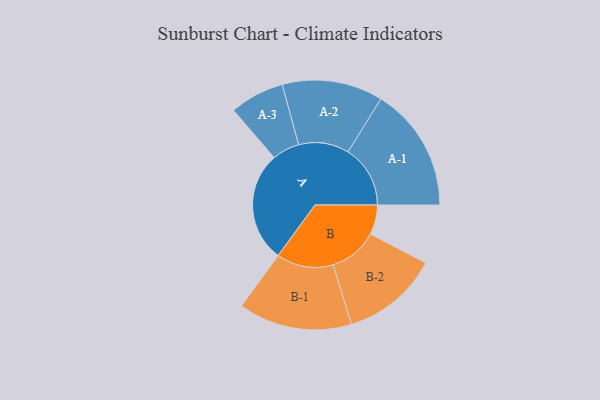
{"axis": {"x": "Segment", "y": "Value"}, "legend": ["", "A", "B"], "data": [{"x": "A", "y": 445, "type": ""}, {"x": "B", "y": 119, "type": ""}, {"x": "A-1", "y": 251, "type": "A"}, {"x": "A-2", "y": 203, "type": "A"}, {"x": "A-3", "y": 110, "type": "A"}, {"x": "B-1", "y": 229, "type": "B"}, {"x": "B-2", "y": 196, "type": "B"}]}